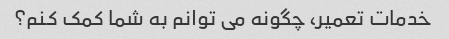
خدمات تعمیر، چگونه می توانم به شما کمک کنم؟